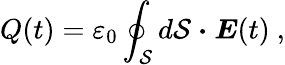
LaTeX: Q(t)=\varepsilon_{0}\oint_{\mathcal{S}}d\mathbf{\mathcal{S}}\ {\boldsymbol{\cdot}}\ {\boldsymbol{E}}(t)\ ,